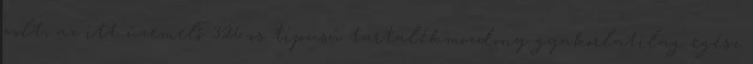
volt, az itt üzemelő 326-os típusú tartalékmozdony gyakorlatilag egész